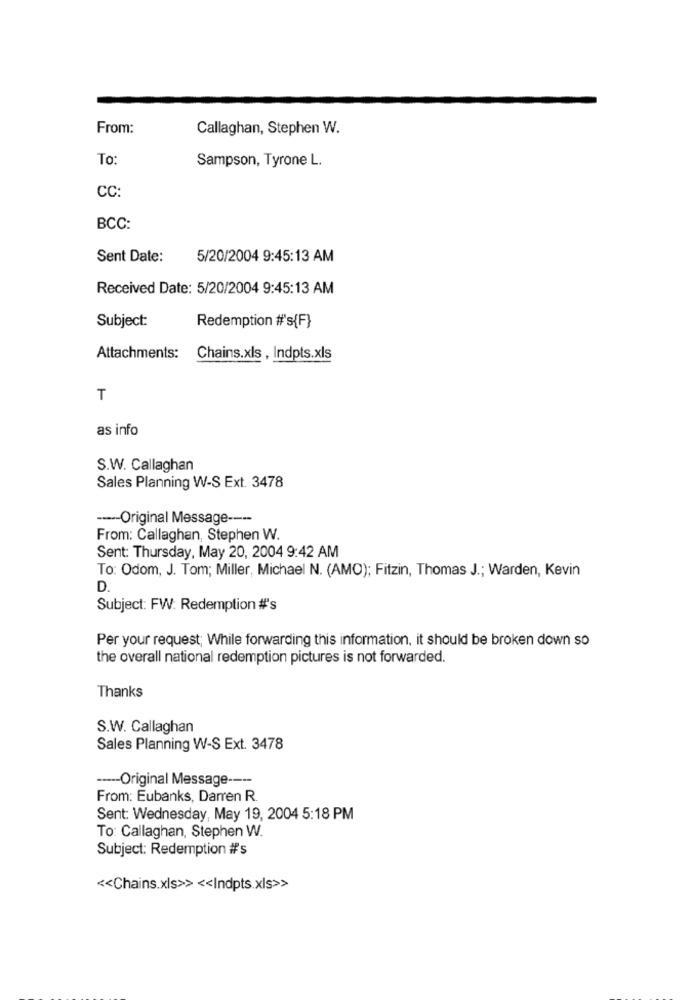
From:
Callaghan, Stephen W.
To:
Sampson, Tyrone L.
CC:
BCC:
Sent Date:
5/20/2004 9:45:13 AM
Received Date: 5/20/2004 9:45:13 AM
Subject:
Redemption #'s{F}
Attachments:
Chains.xls , Indpts.xls
T
as info
S.W. Callaghan
Sales Planning W-S Ext. 3478
----- Original Message ----
From: Callaghan, Stephen W.
Sent: Thursday, May 20, 2004 9:42 AM
To: Odom, J. Tom; Miller, Michael N. (AMO); Fitzin, Thomas J .; Warden, Kevin
D.
Subject: FW: Redemption #'s
Per your request; While forwarding this information, it should be broken down so
the overall national redemption pictures is not forwarded.
Thanks
S.W. Callaghan
Sales Planning W-S Ext. 3478
----- Original Message ----
From: Eubanks, Darren R.
Sent: Wednesday, May 19, 2004 5:18 PM
To: Callaghan, Stephen W.
Subject: Redemption #s
<< Chains.xls>> << Indpts.xls>>